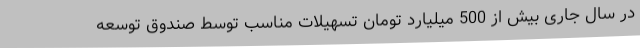
در سال جاری بیش از 500 میلیارد تومان تسهیلات مناسب توسط صندوق توسعه